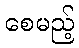
စေမည့်